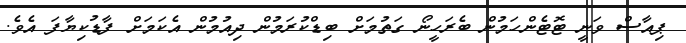
ޕިއާސް ވަނީ ޓޮޓެންހަމުން ބެރަހީނޯ ގަތުމަށް ބިޑްކުރަމުން ދިއުމުން އެކަމަށް ފާޑުކިޔާފަ އެވެ.